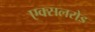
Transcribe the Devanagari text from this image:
एक्सलरोड